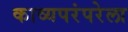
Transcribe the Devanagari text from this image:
काव्यपरंपरेला